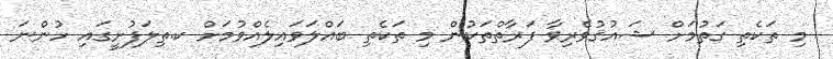
މި ތަކެތި ގަތުމަށް ޝައުޤުވެރިވާ ފަރާތްތަކުން މި ތަކެތި ބައްލަވައިލެއްވުމަށް ކ.ތިލަފުށީގައި ހުންނަ